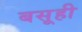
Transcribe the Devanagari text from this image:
बसूही